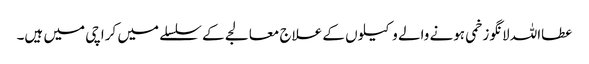
عطااللہ لانگو زخمی ہونے والے وکیلوں کے علاج معالجے کے سلسلے میں کراچی میں ہیں۔